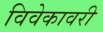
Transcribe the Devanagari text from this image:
विवेकावरी